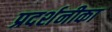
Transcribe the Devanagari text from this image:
प्रदर्शनीका